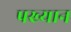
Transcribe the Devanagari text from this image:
पख्यान